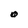
Character: O